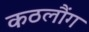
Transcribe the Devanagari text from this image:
कठलौंग